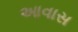
આવાસ